Vaccination in Burma 1920-1933 - 1920-1933
Year: 1920
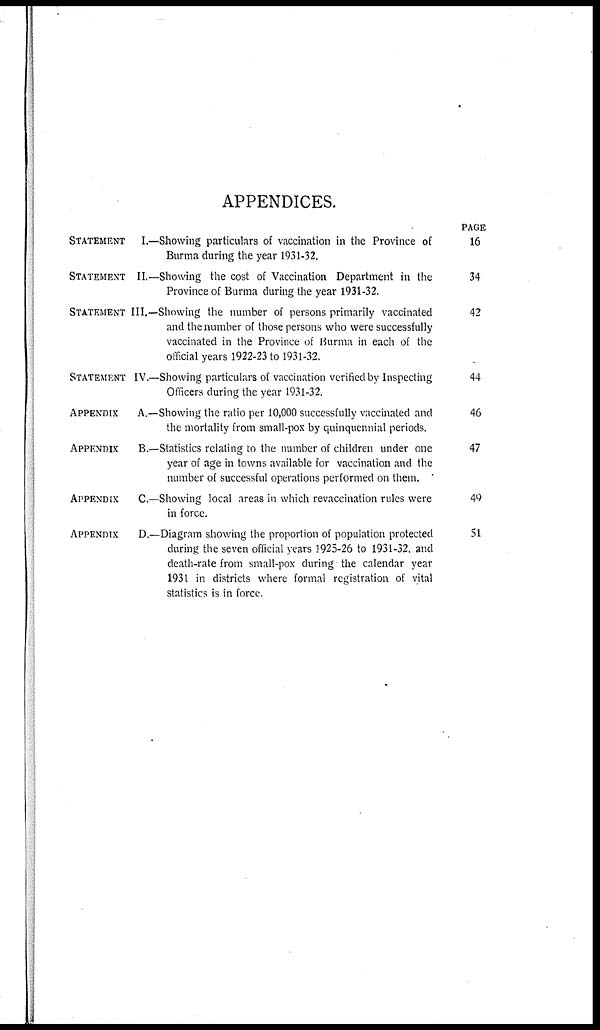
APPENDICES.
STATEMENTI.—Showing particulars of vaccination in the Province of
Burma during the year 1931-32.
STATEMENT II.—Showingthe cost of Vaccination Department in the
Province of Burma during the year 1931-32.
STATEMENT III.—Showing the number of persons primarily vaccinated
and the number of those persons who were successfully
vaccinated in the Province of Burma in each of the
official years 1922-23 to 1931-32.
STATEMENT IV.—Showing particulars of vaccination verified by Inspecting
Officers during the year 1931-32.
APPENDIX
A.—Showing the ratio per 10,000 successfully vaccinated and
the mortality from small-pox by quinquennial periods.
APPENDIXB.—Statistics
relating to the number of children under one
year of age in towns available for vaccination and the
number of successful operations performed on them.
APPENDIXC—Showing
local areas in which revaccination rules were
in force.
APPENDIXD.—Diagram
showing the proportion of population protected
during the seven official years 1925-26 to 1931-32. and
death-rate from small-pox during the calendar year
1931 in districts where formal registration of vital
statistics is in force.
PAGE
16
34
42
44
46
47
49
51